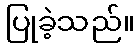
ပြုခဲ့သည်။